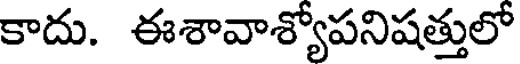
కాదు. ఈశావాశ్యోపనిషత్తులో